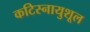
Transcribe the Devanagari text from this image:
कटिस्नायुशूल